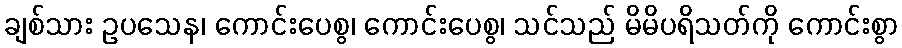
ချစ်သား ဥပသေန၊ ကောင်းပေစွ၊ ကောင်းပေစွ၊ သင်သည် မိမိပရိသတ်ကို ကောင်းစွာ